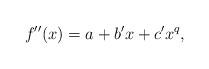
LaTeX: \begin{align*}f''(x) = a+b'x+c'x^q,\end{align*}